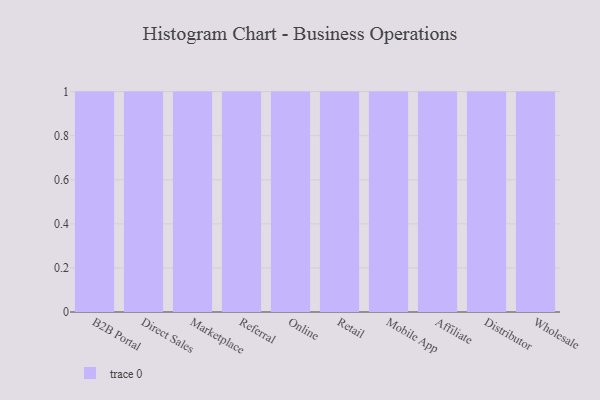
{"axis": {"x": "Channel", "y": "Temperature (°C)"}, "legend": [""], "data": [{"x": "B2B Portal", "y": 99, "type": ""}, {"x": "Direct Sales", "y": 72, "type": ""}, {"x": "Marketplace", "y": 81, "type": ""}, {"x": "Referral", "y": 56, "type": ""}, {"x": "Online", "y": 34, "type": ""}, {"x": "Retail", "y": 44, "type": ""}, {"x": "Mobile App", "y": 3, "type": ""}, {"x": "Affiliate", "y": 53, "type": ""}, {"x": "Distributor", "y": 41, "type": ""}, {"x": "Wholesale", "y": 62, "type": ""}]}